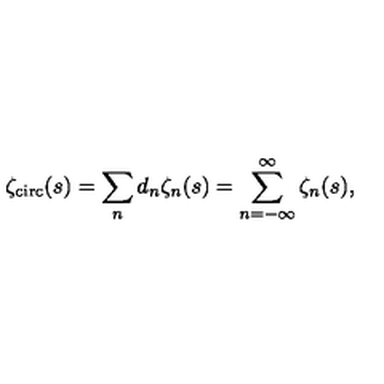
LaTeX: \zeta _ { \mathrm { \scriptsize c i r c } } ( s ) = \sum _ { n } d _ { n } \zeta _ { n } ( s ) = \sum _ { n = - \infty } ^ { \infty } \zeta _ { n } ( s ) ,